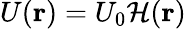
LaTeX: U(\mathbf{r})=U_{0}\mathcal{H}(\mathbf{r})